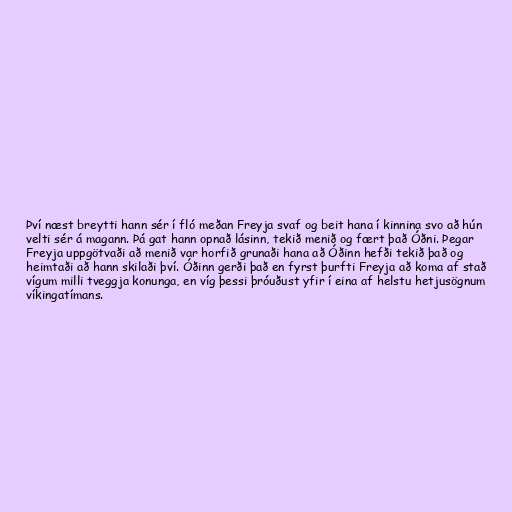
Því næst breytti hann sér í fló meðan Freyja svaf og beit hana í kinnina svo að hún
velti sér á magann. Þá gat hann opnað lásinn, tekið menið og fært það Óðni. Þegar
Freyja uppgötvaði að menið var horfið grunaði hana að Óðinn hefði tekið það og
heimtaði að hann skilaði því. Óðinn gerði það en fyrst þurfti Freyja að koma af stað
vígum milli tveggja konunga, en víg þessi þróuðust yfir í eina af helstu hetjusögnum
víkingatímans.